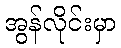
အွန်လိုင်းမှာ